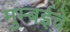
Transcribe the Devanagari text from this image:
मुम्बईचे